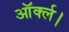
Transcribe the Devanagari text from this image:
ऑर्क्ल।